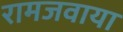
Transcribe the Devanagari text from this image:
रामजवाया